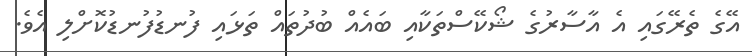
އޭގެ ތެރޭގައި އެ އާސާރުގެ ޝޯކޭސްތަކާއި ބައެއް ބުދުތައް ތަޅައި ފުނޑުފުނޑުކޮށްލި އެވެ.